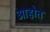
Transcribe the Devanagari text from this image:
अाहोत